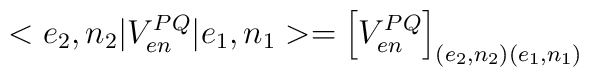
<e_{2},n_{2}|V_{en}^{PQ}|e_{1},n_{1}>=\left[V_{en}^{PQ}\right]_{(e_{2},n_{2})(e_{1},n_{1})}